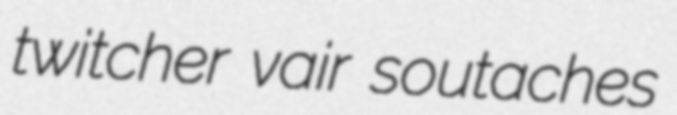
twitcher vair soutaches